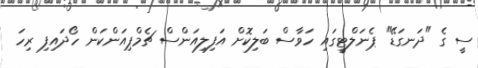
ސީ ގެ "ދަނގަޑޭ" ޕެނަލްޓީގައި ހަވާސް ބަލިކޮށް އަފިލިއަންސް ޗެމްޕިއަންކަން ހޯދައިފި ރިހަ